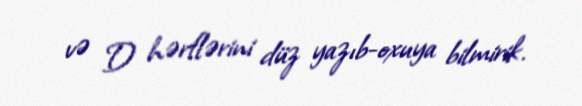
və D hərflərini düz yazıb-oxuya bilmirik.